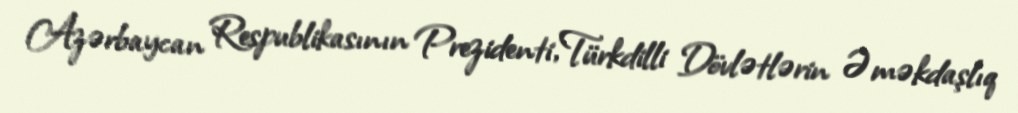
Azərbaycan Respublikasının Prezidenti, Türkdilli Dövlətlərin Əməkdaşlıq